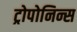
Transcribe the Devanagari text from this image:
ट्रोपोनिन्स